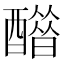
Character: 𨣋